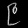
Digit: ၉